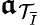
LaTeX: \boldsymbol{\mathfrak{a}}_{\mathcal{{T}}_{\overline{{{I}}}}}